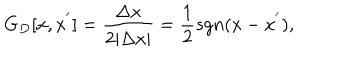
G _ { D } [ x , x ^ { ' } ] = \frac { \Delta x } { 2 \vert \Delta x \vert } = \frac { 1 } { 2 } s g n ( x - x ^ { ' } ) ,